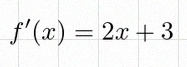
f'(x)=2x+3